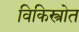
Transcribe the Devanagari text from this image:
विकिस्त्रोत